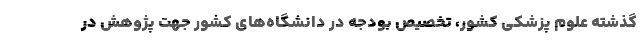
گذشته علوم پزشکی کشور، تخصیص بودجه در دانشگاه‌های کشور جهت پژوهش در